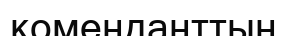
коменданттың